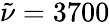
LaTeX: \tilde{\nu}=3700